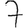
Digit: 7